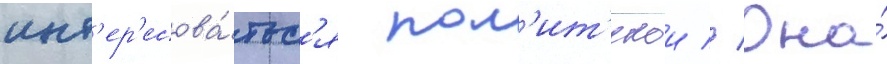
инт'ер'есова́тьс'я пол'ит'икои // Она́